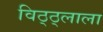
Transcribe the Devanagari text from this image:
विठ्ठ्लाला